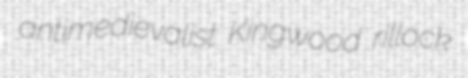
antimedievalist Kingwood rillock